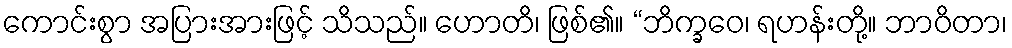
ကောင်းစွာ အပြားအားဖြင့် သိသည်။ ဟောတိ၊ ဖြစ်၏။ “ဘိက္ခဝေ၊ ရဟန်းတို့။ ဘာဝိတာ၊